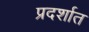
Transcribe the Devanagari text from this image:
प्रदर्शात